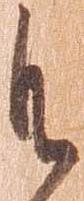
御